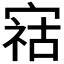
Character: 𫳫